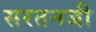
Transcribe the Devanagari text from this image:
सरतनजी